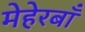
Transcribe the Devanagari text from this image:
मेहेरबाँ